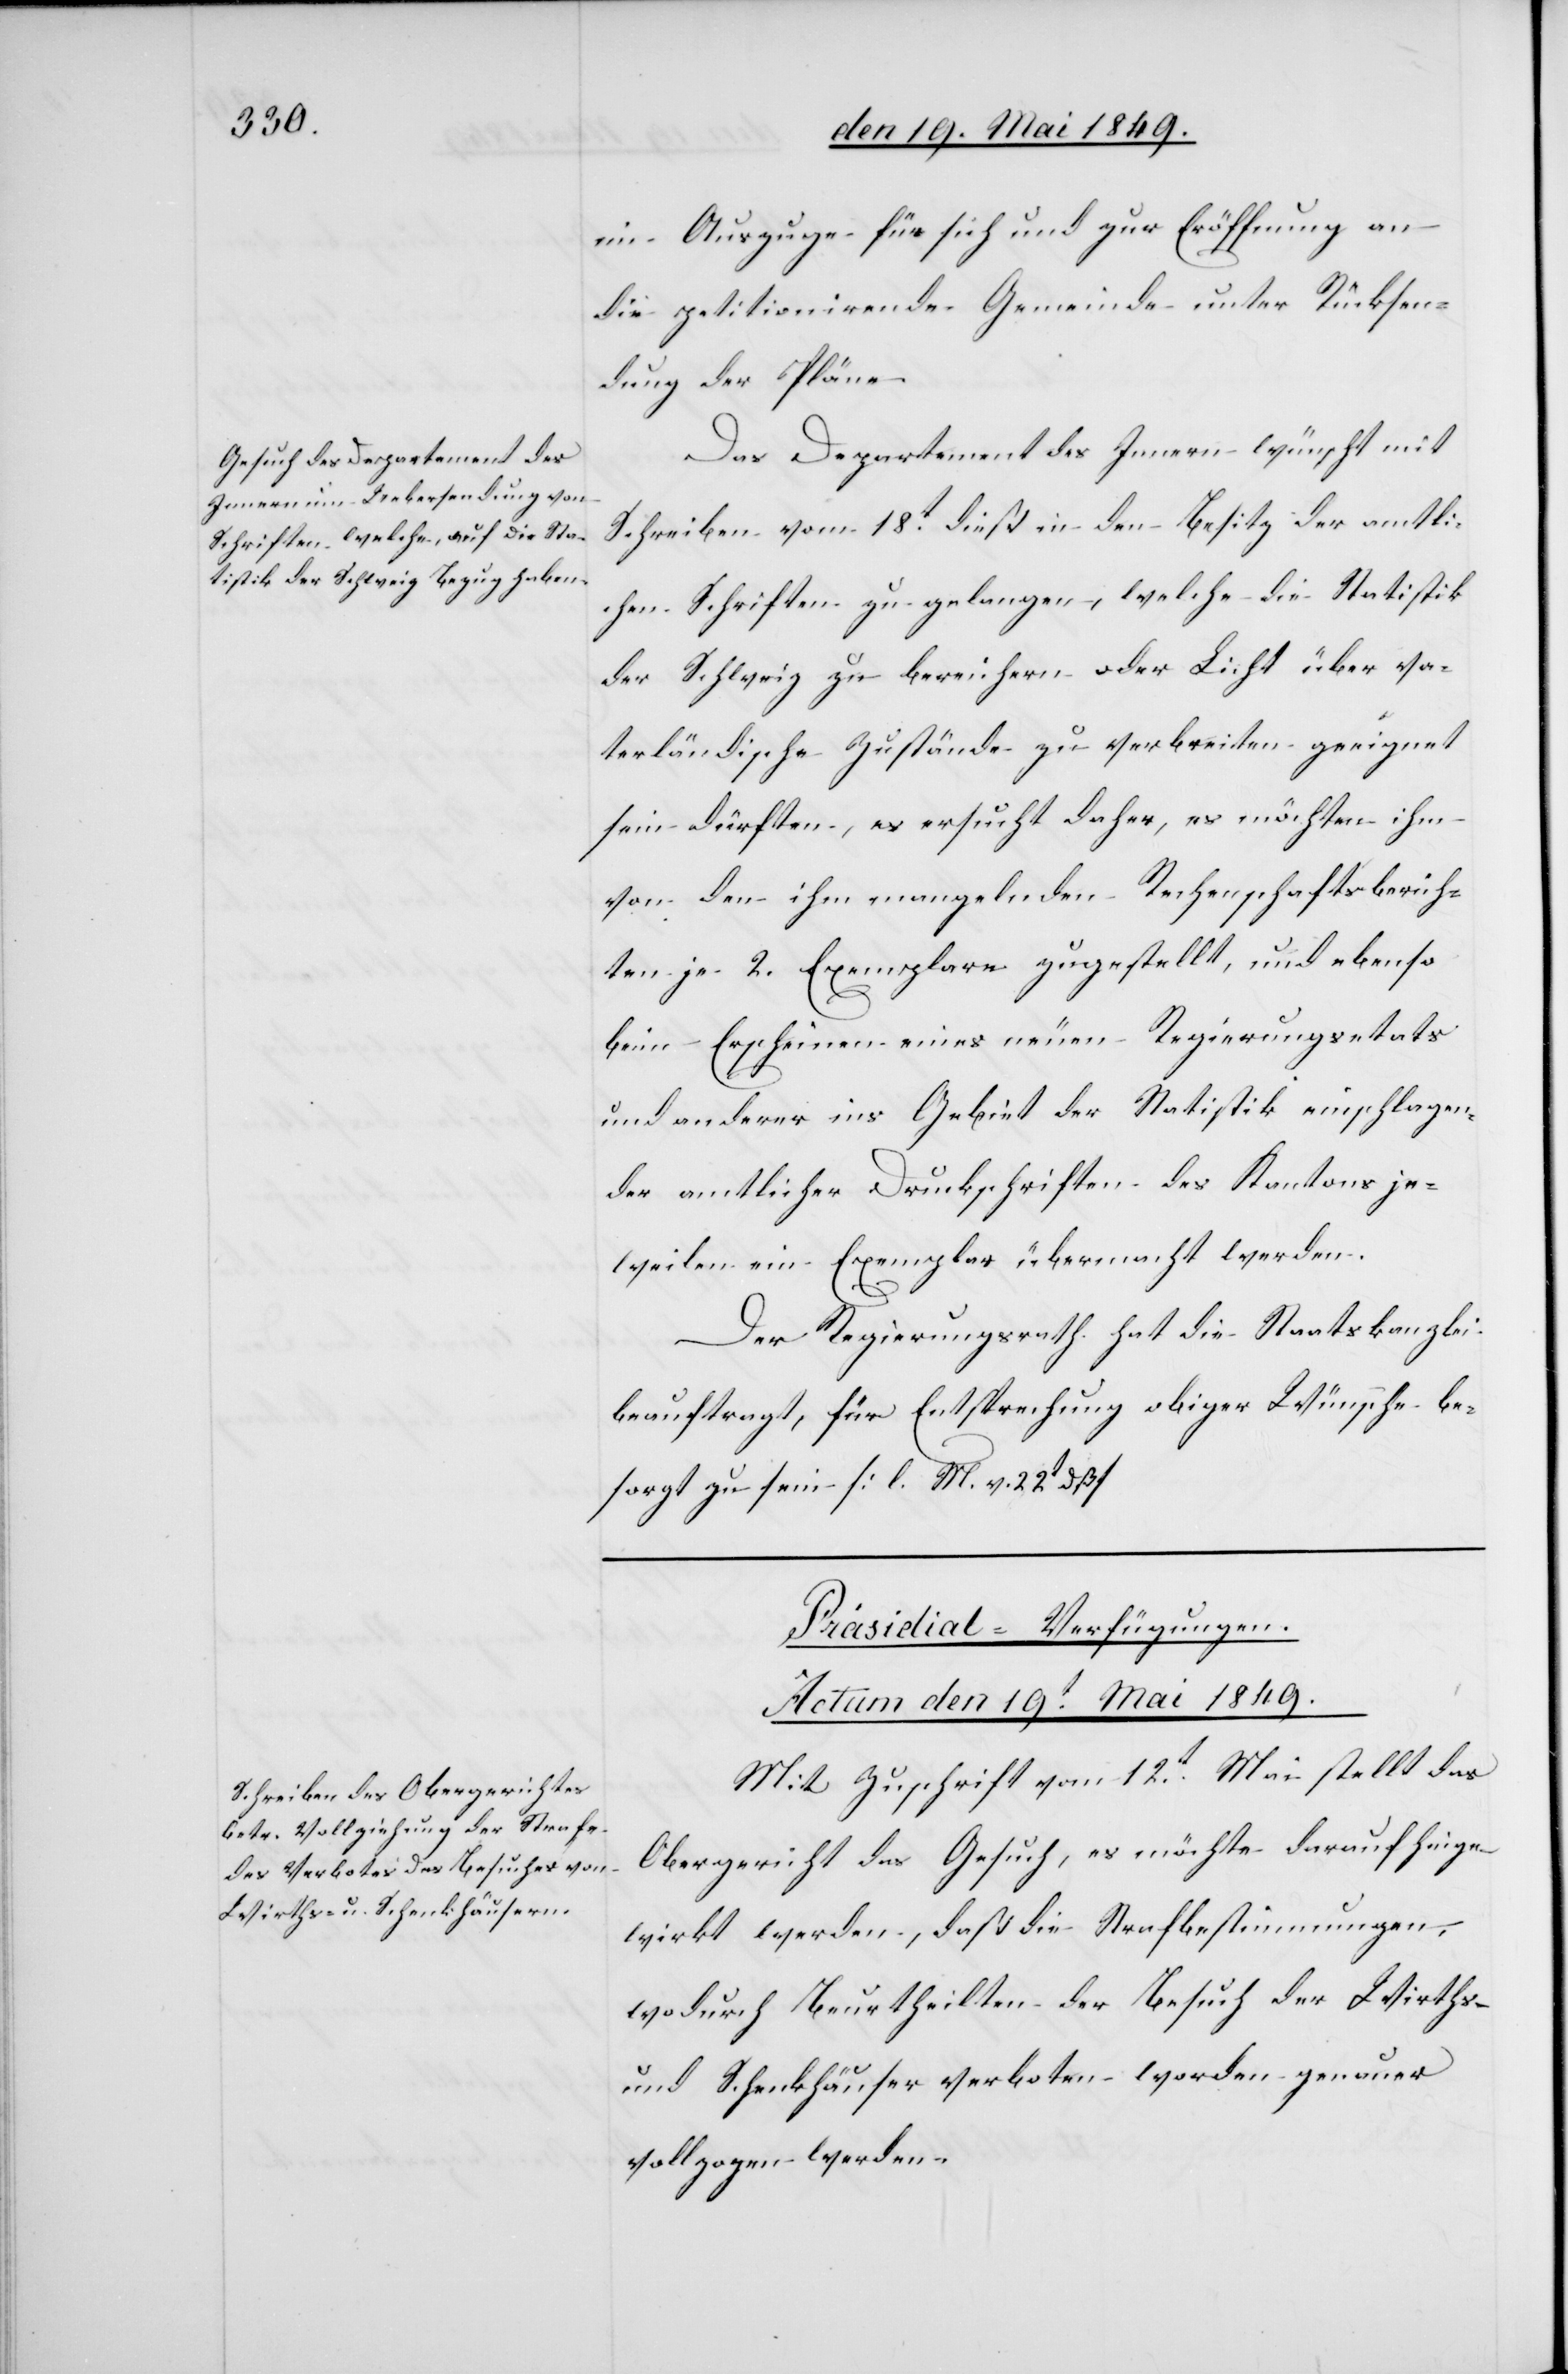
im Auszuge für sich und zur Eröffnung an
die petitionirende Gemeinde unter Rücksen¬
dung der Pläne.
Das Departement des Innern wünscht mit
Schreiben vom 18t dieß in den Besitz der amtli¬
chen Schriften zu gelangen, welche die Statistik
der Schweiz zu bereichern oder Licht über va¬
terländische Zustände zu verbreiten geeignet
sein dürften, es ersucht daher, es möchten ihm
von den ihm mangelnden Rechenschaftsberich¬
ten je 2. Exemplare zugestellt, und ebenso
beim Erscheinen eines neuen Regierungsetats
und anderer ins Gebiet der Statistik einschlagen¬
der amtlicher Druckschriften des Kantons je¬
weilen ein Exemplar übermacht werden.
Der Regierungsrath hat die Staatskanzlei
beauftragt, für Entsprechung obiger Wünsche be¬
sorgt zu sein [l. M. v. 22t dß][.]
Präsidial-Verfügungen.
Actum den 19t Mai 1849.
Mit Zuschrift vom 12t Mai stellt das
Obergericht das Gesuch, es möchte darauf hinge¬
wirkt werden, daß die Strafbestimmungen,
wodurch Beurtheilten der Besuch der Wirths-
und Schenkhäuser verboten worden – genauer
vollzogen werden.